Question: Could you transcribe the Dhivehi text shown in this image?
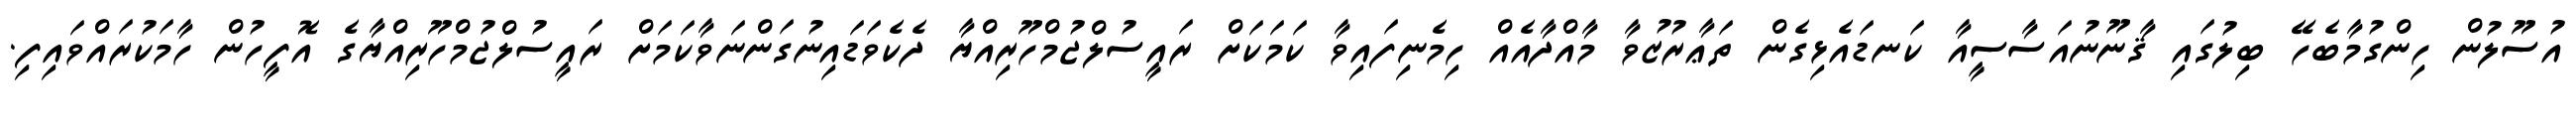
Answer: އުސޫލުން ހިންގުމާބެހޭ ބިލުގައި ޤާނޫނުއަސާސީއާ ކަނޑައެޅިގެން ތަޢާރުޒުވާ މާއްދާއެއް ހިމެނިފައިވާ ކަމަކަށް ރައީސުލްޖުމްހޫރިއްޔާ ދެކެވަޑައިނުގަންނަވާކަމަށް ރައީސުލްޖުމްހޫރިއްޔާގެ އޮފީހުން ހާމަކުރައްވައިފި.